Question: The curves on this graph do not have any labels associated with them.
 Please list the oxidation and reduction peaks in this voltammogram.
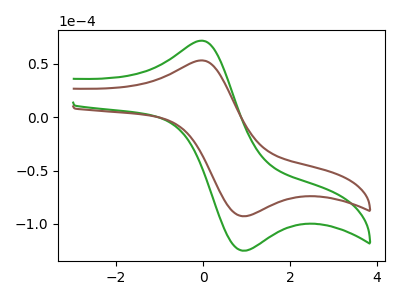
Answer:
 <answer>The green curve "green" has an anodic peak at (-0.05V, 71.55uA) and a cathodic peak at (1.00V, -125.05uA). The brown curve "brown" has an anodic peak at (-0.05V, 53.10uA) and a cathodic peak at (1.00V, -92.75uA).</answer>
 <eval></eval>